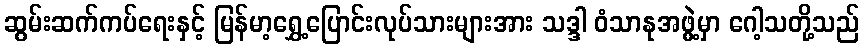
ဆွမ်းဆက်ကပ်ရေးနှင့် မြန်မာ့ရွှေ့ပြောင်းလုပ်သားများအား သဒ္ဒါ ဝံသာနုအဖွဲ့မှာ ဂေါ့သတို့သည်